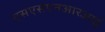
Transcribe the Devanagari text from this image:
एसएसएनआरआई